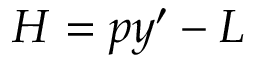
{ \cal { H } } = p y ^ { \prime } - { \cal { L } }